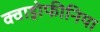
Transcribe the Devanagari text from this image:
क्वाड्रोफीनिया